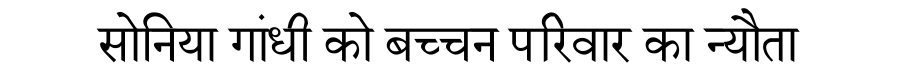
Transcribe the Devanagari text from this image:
सोनिया गांधी को बच्चन परिवार का न्यौता